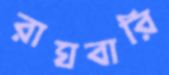
রাঘবারি